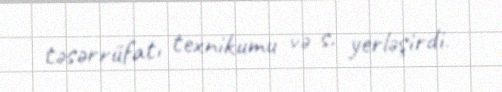
təsərrüfatı texnikumu və s. yerləşirdi.